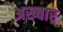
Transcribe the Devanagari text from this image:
अख्बार